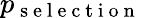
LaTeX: p_{\mathrm{~s~e~l~e~c~t~i~o~n~}}